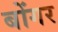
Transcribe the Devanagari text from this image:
बोंगर